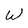
Character: W